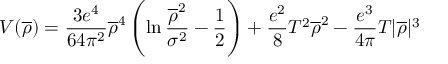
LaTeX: V ( \overline { { { \rho } } } ) = \frac { 3 e ^ { 4 } } { 6 4 \pi ^ { 2 } } \overline { { { \rho } } } ^ { 4 } \left( \ln \frac { \overline { { { \rho } } } ^ { 2 } } { \sigma ^ { 2 } } - \frac { 1 } { 2 } \right) + \frac { e ^ { 2 } } { 8 } T ^ { 2 } \overline { { { \rho } } } ^ { 2 } - \frac { e ^ { 3 } } { 4 \pi } T | \overline { { { \rho } } } | ^ { 3 }